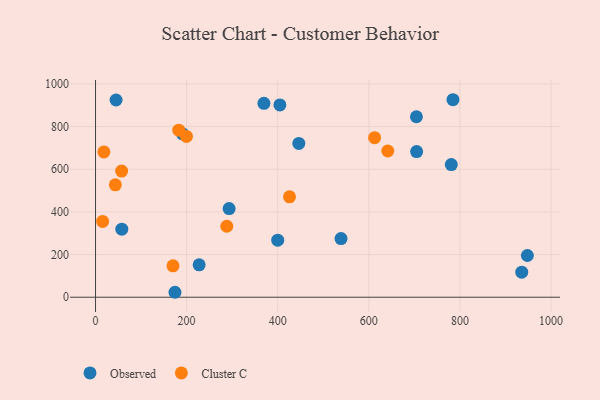
{"axis": {"x": "Ad Spend", "y": "Rating"}, "legend": ["Cluster C", "Observed"], "data": [{"x": "404.8", "y": 901.4, "type": "Observed"}, {"x": "781.1", "y": 622.1, "type": "Observed"}, {"x": "227.5", "y": 152.0, "type": "Observed"}, {"x": "369.7", "y": 908.8, "type": "Observed"}, {"x": "705.0", "y": 682.6, "type": "Observed"}, {"x": "57.7", "y": 318.8, "type": "Observed"}, {"x": "191.0", "y": 765.9, "type": "Observed"}, {"x": "935.7", "y": 117.5, "type": "Observed"}, {"x": "293.3", "y": 415.6, "type": "Observed"}, {"x": "948.1", "y": 195.6, "type": "Observed"}, {"x": "446.3", "y": 721.2, "type": "Observed"}, {"x": "704.5", "y": 846.2, "type": "Observed"}, {"x": "400.0", "y": 267.4, "type": "Observed"}, {"x": "45.1", "y": 924.7, "type": "Observed"}, {"x": "784.7", "y": 925.9, "type": "Observed"}, {"x": "174.4", "y": 23.2, "type": "Observed"}, {"x": "539.0", "y": 274.9, "type": "Observed"}, {"x": "641.6", "y": 685.5, "type": "Cluster C"}, {"x": "170.1", "y": 147.4, "type": "Cluster C"}, {"x": "18.4", "y": 681.2, "type": "Cluster C"}, {"x": "288.2", "y": 332.8, "type": "Cluster C"}, {"x": "43.5", "y": 527.1, "type": "Cluster C"}, {"x": "425.9", "y": 470.5, "type": "Cluster C"}, {"x": "182.8", "y": 783.2, "type": "Cluster C"}, {"x": "612.7", "y": 747.9, "type": "Cluster C"}, {"x": "199.6", "y": 753.9, "type": "Cluster C"}, {"x": "57.3", "y": 591.6, "type": "Cluster C"}, {"x": "15.6", "y": 355.3, "type": "Cluster C"}]}